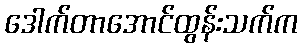
ဒေါက်တာအောင်ထွန်းသက်က